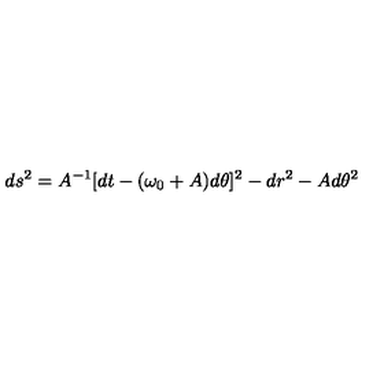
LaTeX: d s ^ { 2 } = A ^ { - 1 } [ d t - ( \omega _ { 0 } + A ) d \theta ] ^ { 2 } - d r ^ { 2 } - A d \theta ^ { 2 }